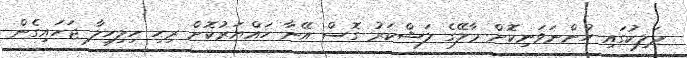
މަލިކުގައި ހުންނަވަނިކޮށް މާލޭގެ ލަޝްކަރު ގޮސް އޭނާ ހައްޔަރުކޮށް ރިހި ހިލިހިލާ ޖަހައިގެން